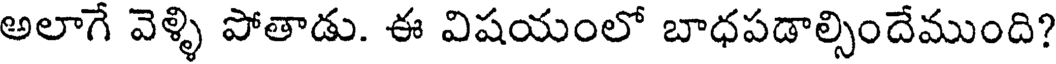
అలాగే వెళ్ళి పోతాడు. ఈ విషయంలో బాధపడాల్సిందేముంది?